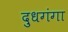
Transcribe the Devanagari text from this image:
दुधगंगा